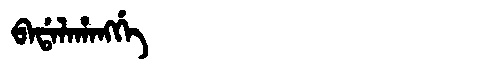
Manchu: ᠪᠠᡩᠠᠯᠠᡥᠠᠩᡤᡝ
Romanization: BADALAHANGGE